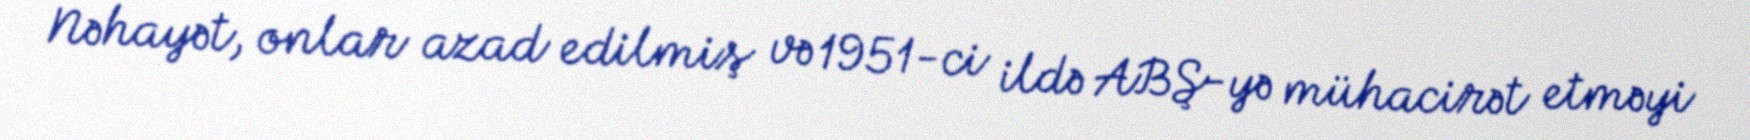
Nəhayət, onlar azad edilmiş və 1951-ci ildə ABŞ-yə mühacirət etməyi